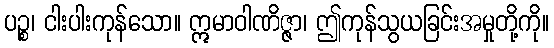
ပဉ္စ၊ ငါးပါးကုန်သော။ ဣမာဝါဏိဇ္ဇာ၊ ဤကုန်သွယခြင်းအမှုတို့ကို။